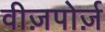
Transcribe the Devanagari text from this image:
वीज़पोर्ज़